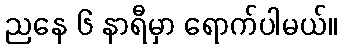
ညနေ ၆ နာရီမှာ ရောက်ပါမယ်။